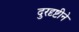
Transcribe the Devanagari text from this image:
दुरदृष्टीने